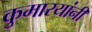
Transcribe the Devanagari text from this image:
कुमारयांनी